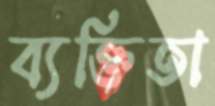
ব্যক্তিতা